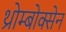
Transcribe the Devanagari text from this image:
थ्रोम्बोक्सेन